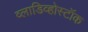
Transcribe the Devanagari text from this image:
व्लाडिव्होस्टॉक